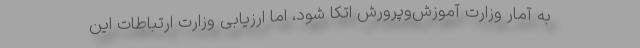
به آمار وزارت آموزش‌وپرورش اتکا شود، اما ارزیابی وزارت ارتباطات این